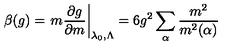
\beta ( g ) = \left. m \frac { \partial g } { \partial m } \right| _ { \lambda _ { 0 } , \Lambda } = 6 g ^ { 2 } \sum _ { \alpha } \frac { m ^ { 2 } } { m ^ { 2 } ( \alpha ) }